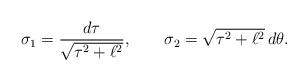
LaTeX: \begin{align*}\sigma_1=\frac{d\tau}{\sqrt{\tau^2+\ell^2}},\qquad\sigma_2=\sqrt{\tau^2+\ell^2}\,d\theta.\end{align*}